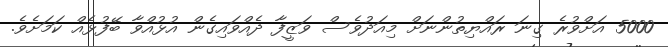
5000 އަށްވުރެ ގިނަ ރައްޔިތުންނަށް މިއަދުވެސް ވަޒީފާ ދެއްވައިގެން އުޅުއްވާ ބޭފުޅެއް ކަމަށެވެ.